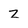
Character: z